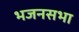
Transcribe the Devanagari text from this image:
भजनसभा